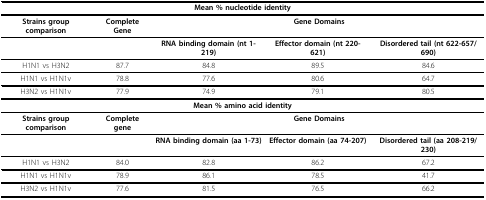
| <COLSPAN=5> Mean % nucleotide identity |
 | --- | --- | --- | --- | --- |
 | Strains group comparison | Complete Gene | <COLSPAN=3> Gene Domains |
 |  |  | RNA binding domain (nt 1-219) | Effector domain (nt 220-621) | Disordered tail (nt 622-657/690) |
 | H1N1 vs H3N2 | 87.7 | 84.8 | 89.5 | 84.6 |
 | H1N1 vs H1N1v | 78.8 | 77.6 | 80.6 | 64.7 |
 | H3N2 vs H1N1v | 77.9 | 74.9 | 79.1 | 80.5 |
 | <COLSPAN=5> Mean % amino acid identity |
 | Strains group comparison | Complete gene | <COLSPAN=3> Gene Domains |
 |  |  | RNA binding domain (aa 1-73) | Effector domain (aa 74-207) | Disordered tail (aa 208-219/230) |
 | H1N1 vs H3N2 | 84.0 | 82.8 | 86.2 | 67.2 |
 | H1N1 vs H1N1v | 78.9 | 86.1 | 78.5 | 41.7 |
 | H3N2 vs H1N1v | 77.6 | 81.5 | 76.5 | 66.2 |